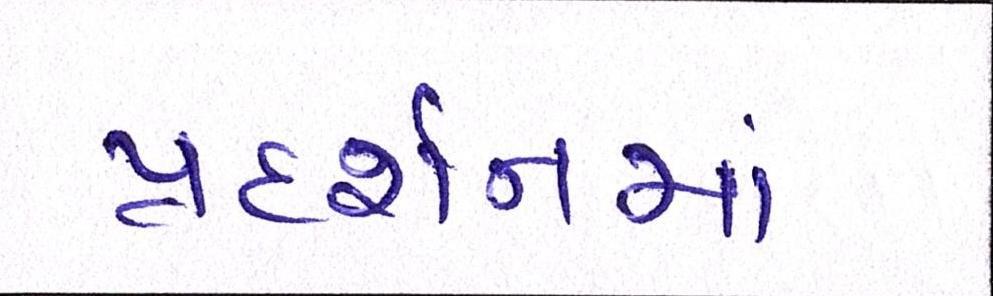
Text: પ્રદર્શનમાં